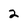
Character: 2